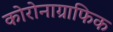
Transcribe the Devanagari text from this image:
कोरोनाग्राफिक